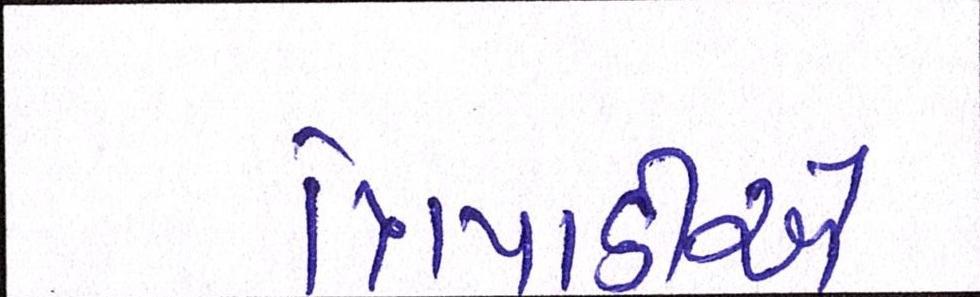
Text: ત્રિપાઠીએ